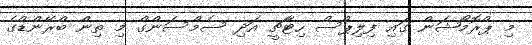
މި ޕްރޮމޯޝަން ގައި ފިލިޕްސް ހިޓާޗީ އަދި ސެމްސަންގް މި ތިން ބްރޭންޑްގެ